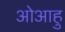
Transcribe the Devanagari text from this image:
ओआहु